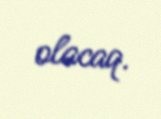
olacaq.